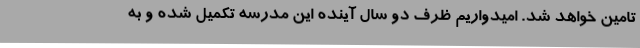
تامین خواهد شد. امیدواریم ظرف دو سال آینده این مدرسه تکمیل شده و به